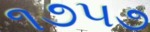
૧૭૫૭